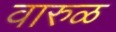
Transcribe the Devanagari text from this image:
वारुळ